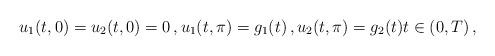
LaTeX: \begin{align*}u_1(t,0)=u_2(t,0)=0\,,u_1(t,\pi)=g_1(t)\,,u_2(t,\pi)=g_2(t)t\in (0,T) \,,\end{align*}